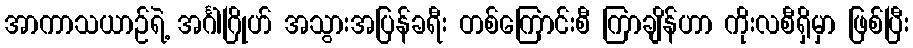
အာကာသယာဉ်ရဲ့ အင်္ဂါဂြိုဟ် အသွားအပြန်ခရီး တစ်ကြောင်းစီ ကြာချိန်ဟာ ကိုးလစီရှိမှာ ဖြစ်ပြီး